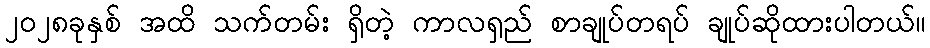
၂၀၂၈ခုနှစ် အထိ သက်တမ်း ရှိတဲ့ ကာလရှည် စာချုပ်တရပ် ချုပ်ဆိုထားပါတယ်။